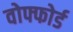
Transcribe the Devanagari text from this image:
वोफ्फोर्ड